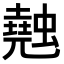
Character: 𧑣